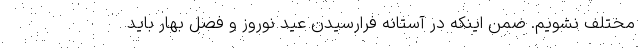
مختلف نشویم. ضمن اینکه در آستانه فرارسیدن عید نوروز و فصل بهار باید